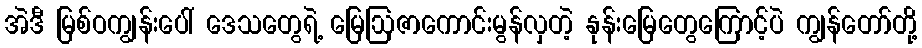
အဲဒီ မြစ်ဝကျွန်းပေါ် ဒေသတွေရဲ့ မြေဩဇာကောင်းမွန်လှတဲ့ နုန်းမြေတွေကြောင့်ပဲ ကျွန်တော်တို့